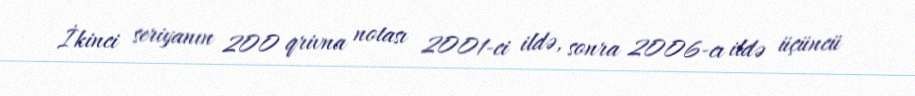
İkinci seriyanın 200 qrivna notası 2001-ci ildə, sonra 2006-cı ildə üçüncü